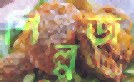
শিল্পজ